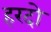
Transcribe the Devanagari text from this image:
हरदो